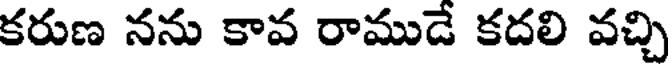
కరుణ నను కావ రాముడే కదలి వచ్చి